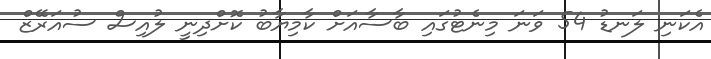
އެކަނި ލަނޑު 54 ވަނަ މިނެޓުގައި ބާސާއަށް ކާމިޔާބު ކޮށްދިނީ ލުއިސް ސުއަރޭޒް